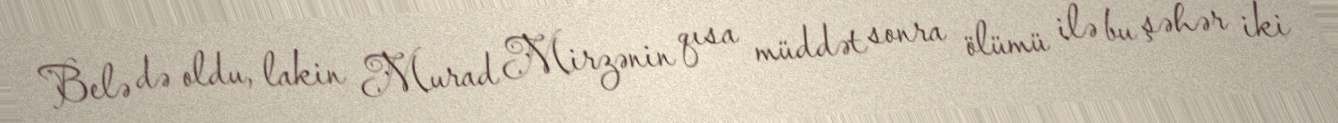
Belə də oldu, lakin Murad Mirzənin qısa müddət sonra ölümü ilə bu şəhər iki